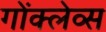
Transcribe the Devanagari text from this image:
गोंक्लेव्स